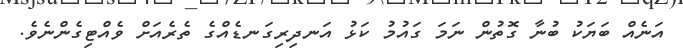
އަނެއް ބަޔަކު ބުނާ ގޮތުން ނަމަ ގައުމު ކަޅު އަނދިރިގަނޑެއްގެ ތެރެއަށް ވެއްޓިގެންނެވެ.